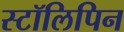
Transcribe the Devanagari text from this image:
स्टॉलिपिन